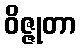
ဝိဇ္ဇုတာ